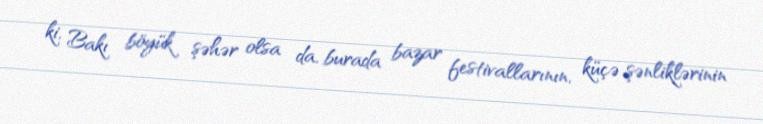
ki, Bakı böyük şəhər olsa da, burada bazar festivallarının, küçə şənliklərinin